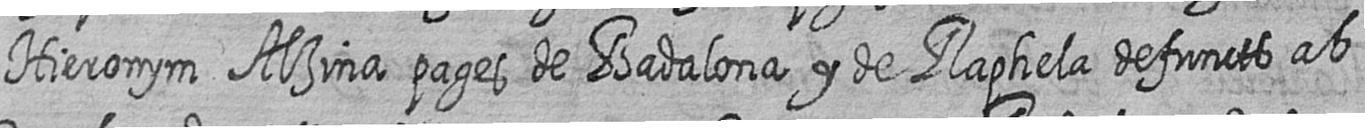
Hieronym Alzina pages de Badalona y de Raphela defuncts ab